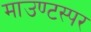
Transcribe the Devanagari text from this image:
माउण्टस्पर